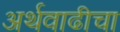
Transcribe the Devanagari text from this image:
अर्थवाढीचा